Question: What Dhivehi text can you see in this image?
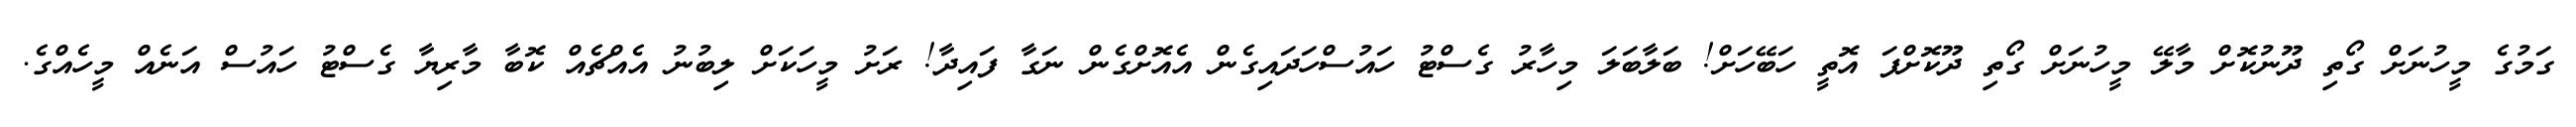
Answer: ގަމުގެ މީހުނަށް ގޯތި ދޫނުކޮށް މާލޭ މީހުނަށް ގޯތި ދޫކޮށްފަ އޮތީ ހަބޭހަށް! ބަލާބަލަ މިހާރު ގެސްޓު ހައުސްހަދައިގެން އެއޮށްގެން ނަގާ ފައިދާ! ރަށު މީހަކަށް ލިބުނު އެއްޗެއް ކޮބާ މާރިޔާ ގެސްޓު ހައުސް އަނެއް މީހެއްގެ.